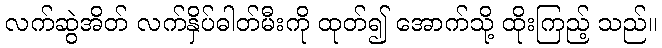
လက်ဆွဲအိတ် လက်နှိပ်ဓါတ်မီးကို ထုတ်၍ အောက်သို့ ထိုးကြည့် သည်။